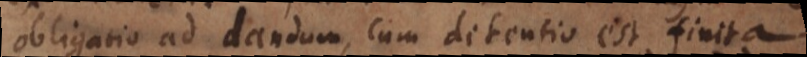
obligatio ad dandum, cum detentio est finita,